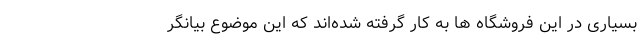
بسیاری در این فروشگاه ها به کار گرفته شده‌اند که این موضوع بیانگر